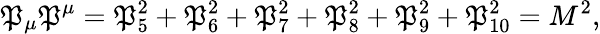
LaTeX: \mathfrak{P}_{\mu}\mathfrak{P}^{\mu}=\mathfrak{P}_{5}^{2}+\mathfrak{P}_{6}^{2}+\mathfrak{P}_{7}^{2}+\mathfrak{P}_{8}^{2}+\mathfrak{P}_{9}^{2}+\mathfrak{P}_{10}^{2}=M^{2},